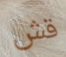
قش